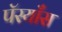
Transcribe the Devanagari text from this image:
पॅस्याँस